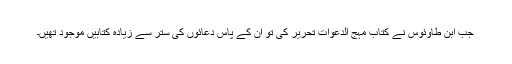
جب ابن طاوئوس نے کتاب مہج الدعوات تحریر کی تو ان کے پاس دعائوں کی ستر سے زیادہ کتابیں موجود تھیں۔